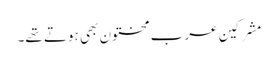
مشرکینِ عرب مختون بھی ہوتے تھے۔